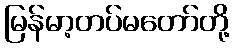
မြန်မာ့တပ်မတော်တို့